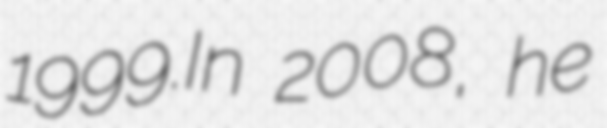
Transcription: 1999.In 2008, he